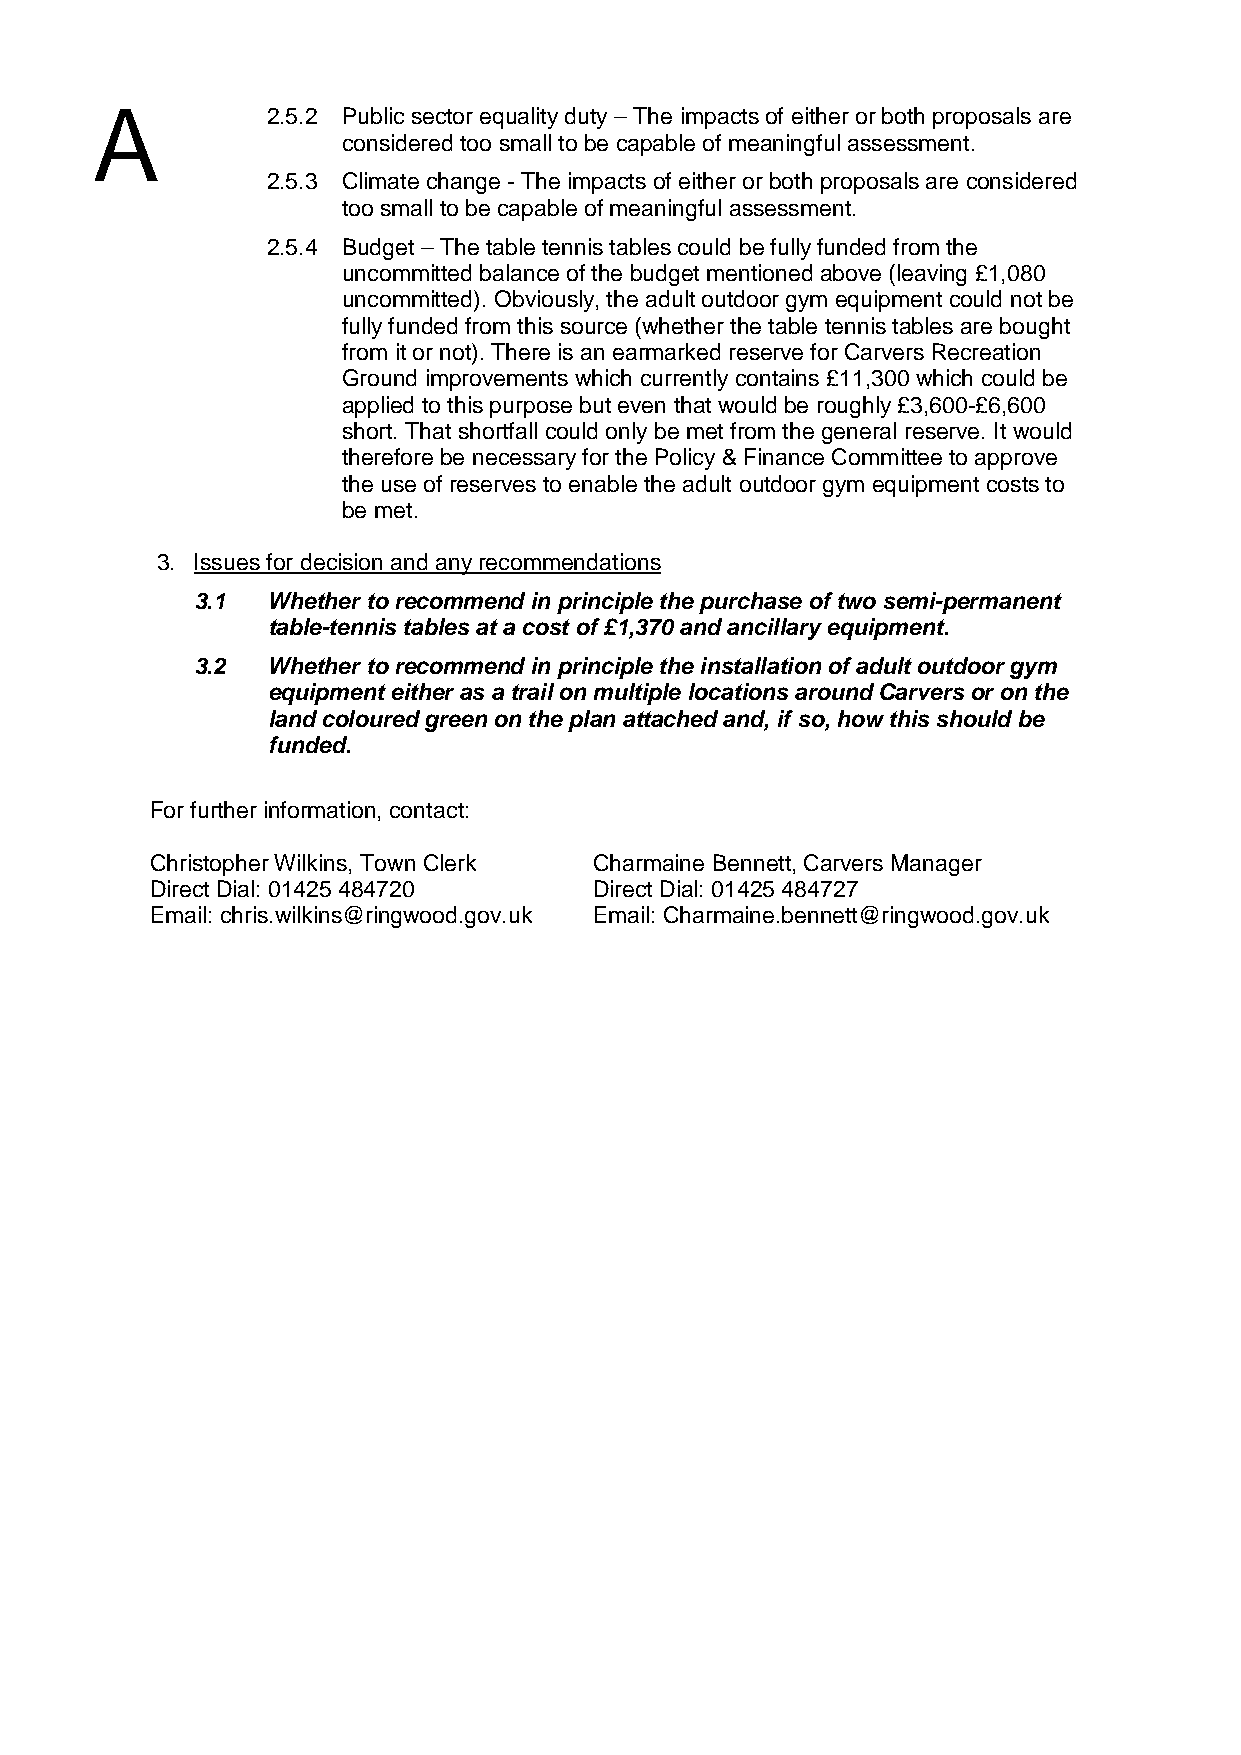
2.5.2 Public sector equality duty – The impacts of either or both proposals are
 considered too small to be capable of meaningful assessment.
 2.5.3 Climate change - The impacts of either or both proposals are considered
 too small to be capable of meaningful assessment.
 2.5.4 Budget – The table tennis tables could be fully funded from the
 uncommitted balance of the budget mentioned above (leaving £1,080
 uncommitted). Obviously, the adult outdoor gym equipment could not be
 fully funded from this source (whether the table tennis tables are bought
 from it or not). There is an earmarked reserve for Carvers Recreation
 Ground improvements which currently contains £11,300 which could be
 applied to this purpose but even that would be roughly £3,600-£6,600
 short. That shortfall could only be met from the general reserve. It would
 therefore be necessary for the Policy & Finance Committee to approve
 the use of reserves to enable the adult outdoor gym equipment costs to
 be met.
 3. Issues for decision and any recommendations
 3.1  Whether to recommend in principle the purchase of two semi-permanent
 table-tennis tables at a cost of £1,370 and ancillary equipment.
 3.2  Whether to recommend in principle the installation of adult outdoor gym
 equipment either as a trail on multiple locations around Carvers or on the
 land coloured green on the plan attached and, if so, how this should be
 funded.
 For further information, contact:
 Christopher Wilkins, Town Clerk Charmaine Bennett, Carvers Manager
 Direct Dial: 01425 484720    Direct Dial: 01425 484727
 Email: chris.wilkins@ringwood.gov.uk Email: Charmaine.bennett@ringwood.gov.uk